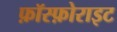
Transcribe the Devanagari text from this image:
फ़ॉस्फ़ोराइट